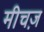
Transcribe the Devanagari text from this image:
मीचज़